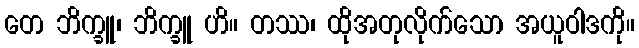
တေ ဘိက္ခူ၊ ဘိက္ခူ ဟိ။ တဿ၊ ထိုအတုလိုက်သော အယူဝါဒကို။